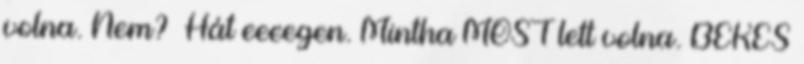
volna. Nem? Hát eeeegen. Mintha MOST lett volna. BÉKÉS